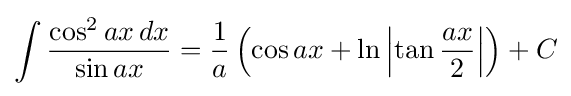
\int {\frac {\cos ^{2}ax\,dx}{\sin ax}}={\frac {1}{a}}\left(\cos ax+\ln \left|\tan {\frac {ax}{2}}\right|\right)+C